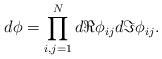
LaTeX: \begin{align*} d\phi = \prod_{i,j=1}^N d\Re \phi_{ij}d\Im \phi_{ij}.\end{align*}